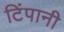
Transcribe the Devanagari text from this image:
टिंपानी